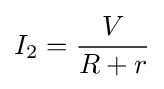
I_{2}={\frac {V}{R+r}}